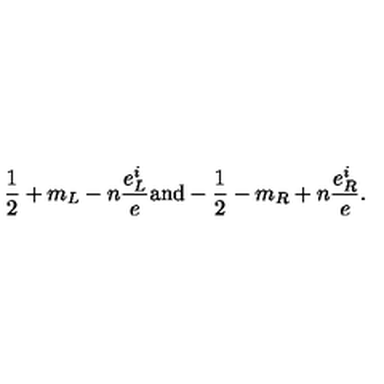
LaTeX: \frac { 1 } { 2 } + m _ { L } - n \frac { e _ { L } ^ { i } } { e } \mathrm { a n d } - \frac { 1 } { 2 } - m _ { R } + n \frac { e _ { R } ^ { i } } { e } .